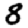
Digit: 8